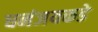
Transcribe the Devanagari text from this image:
धनंजयकडे